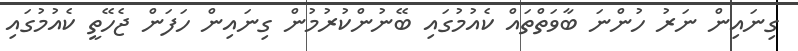
ގިނައިން ނަރު ހުންނަ ބާވަތްތައް ކެއުމުގައި ބޭނުންކުރުމުން ގިނައިން ހަފަން ޖެހޭތީ ކެއުމުގައި